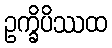
ဥက္ခိပိဿထ